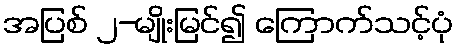
အပြစ် ၂-မျိုးမြင်၍ ကြောက်သင့်ပုံ